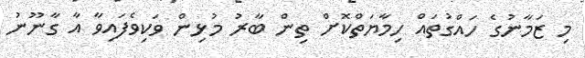
މި ޒަމާނުގެ ހައްގުތައް ހިމާޔަތްކޮށް ތިން ބާރު މުޅިން ވަކިވެފައިވާ އާ ގާނޫނު